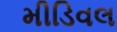
મીડિવલ